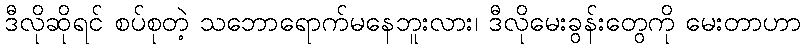
ဒီလိုဆိုရင် စပ်စုတဲ့ သဘောရောက်မနေဘူးလား၊ ဒီလိုမေးခွန်းတွေကို မေးတာဟာ